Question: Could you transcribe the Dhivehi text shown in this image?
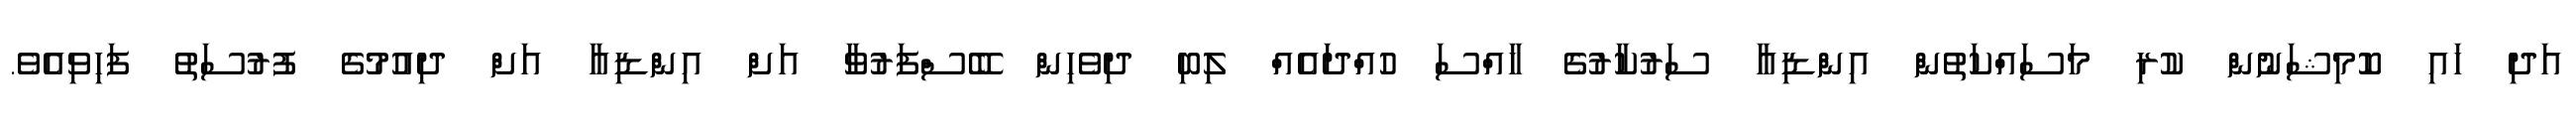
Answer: އަދި ހައި ކޮމިޝަނުން ކުރި މަސައްކަތުން އިންޑިއާ ސަރުކާރުގެ ހާއްސަ ހުއްދައެއް ލިބި ދިވެހިން ބޭސްފަރުވާ އަށް އިންޑިއާ އަށް ދިއުމުގެ ފުރުސަތު ފަހިވިއެވެ.